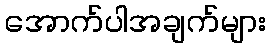
အောက်ပါအချက်များ